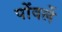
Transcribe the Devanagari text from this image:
पोंवर्ले